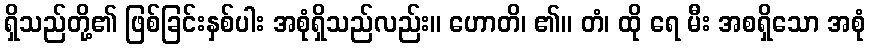
ရှိသည်တို့၏ ဖြစ်ခြင်းနှစ်ပါး အစုံရှိသည်လည်း။ ဟောတိ၊ ၏။ တံ၊ ထို ရေ မီး အစရှိသော အစုံ